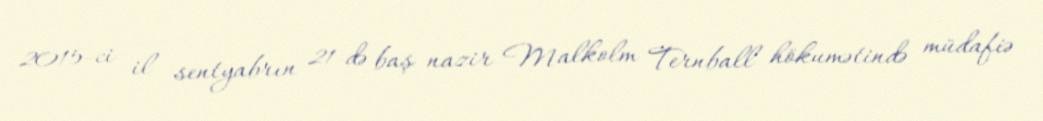
2015-ci il sentyabrın 21-də baş nazir Malkolm Ternball hökumətində müdafiə